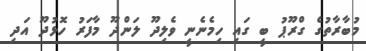
މުބާރާތުގެ ގްރޫޕު ބީ ގައި ހިމެނެނީ ވެލިދޫ ލަންދޫ މާފަރު ހޮޅުދޫ އަދި